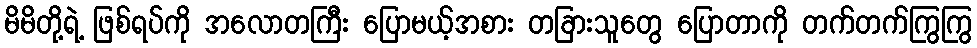
မိမိတို့ရဲ့ ဖြစ်ရပ်ကို အလောတကြီး ပြောမယ့်အစား တခြားသူတွေ ပြောတာကို တက်တက်ကြွကြွ